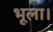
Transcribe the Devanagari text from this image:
भूला।